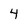
Character: 4